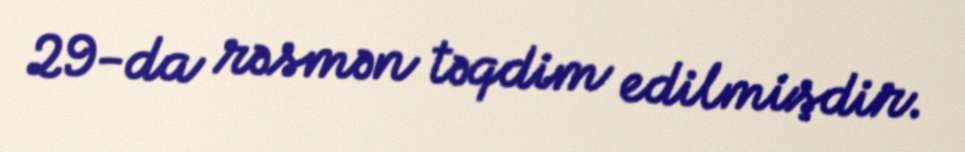
29-da rəsmən təqdim edilmişdir.